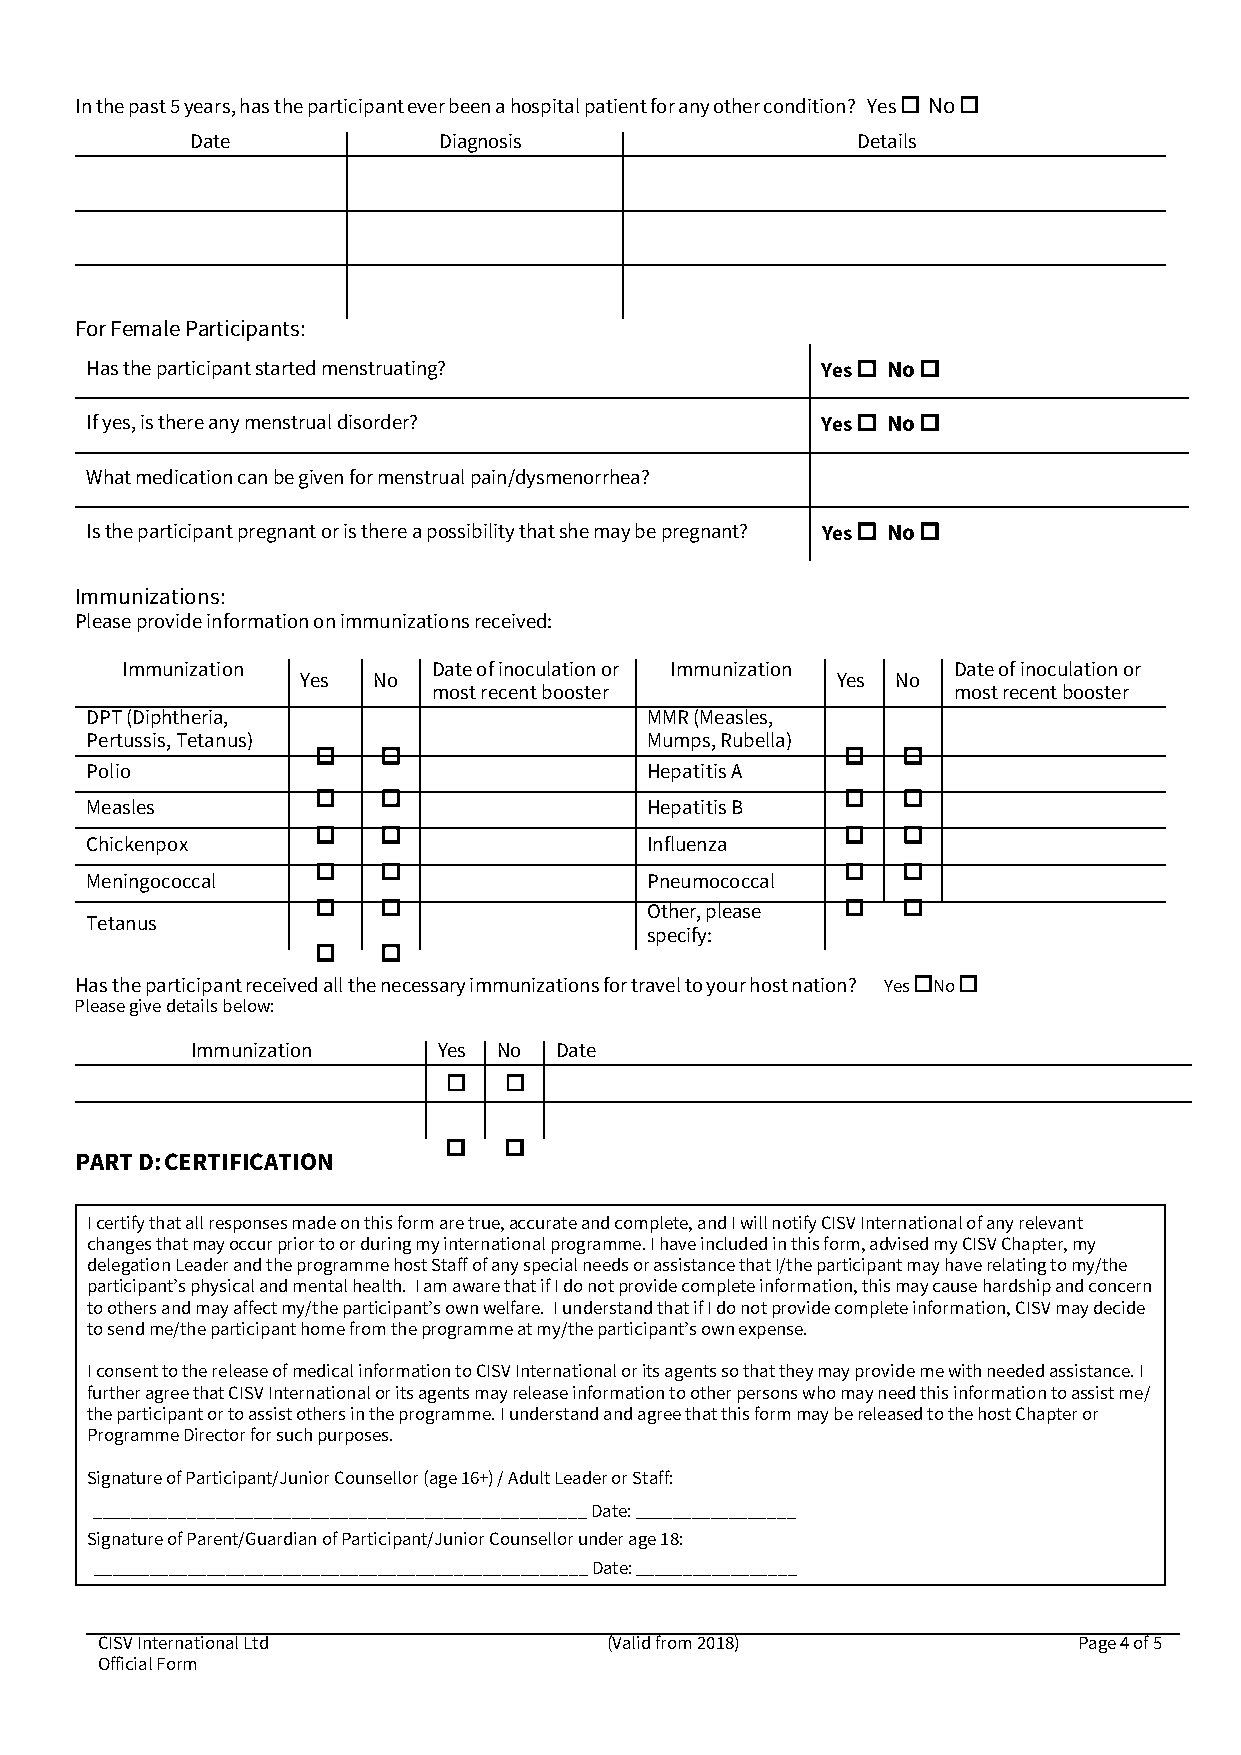
In the past 5 years, has the participant ever been a hospital patient for any other condition? Yes  No 
 Date            Diagnosis                   Details
 For Female Participants:
 Has the participant started menstruating?       Yes  No 
 If yes, is there any menstrual disorder?        Yes  No 
 What medication can be given for menstrual pain/dysmenorrhea?
 Is the participant pregnant or is there a possibility that she may be pregnant? Yes  No 
 Immunizations:
 Please provide information on immunizations received:
 Immunization         Date of inoculation or Immunization Date of inoculation or
 Yes  No                            Yes No
 most recent booster               most recent booster
 DPT (Diphtheria,                     MMR (Measles,
 Pertussis, Tetanus)                  Mumps, Rubella)
                                     
 Polio                                Hepatitis A
                                     
 Measles                              Hepatitis B
                                     
 Chickenpox                           Influenza
                                     
 Meningococcal                        Pneumococcal
                     Other, please   
 Tetanus
 specify:
    
 Has the participant received all the necessary immunizations for travel to your host nation? Yes No 
 Please give details below:
 Immunization    Yes No  Date
    
    
 PART D: CERTIFICATION
 I certify that all responses made on this form are true, accurate and complete, and I will notify CISV International of any relevant
 changes that may occur prior to or during my international programme. I have included in this form, advised my CISV Chapter, my
 delegation Leader and the programme host Staff of any special needs or assistance that I/the participant may have relating to my/the
 participant’s physical and mental health. I am aware that if I do not provide complete information, this may cause hardship and concern
 to others and may affect my/the participant’s own welfare. I understand that if I do not provide complete information, CISV may decide
 to send me/the participant home from the programme at my/the participant’s own expense.
 I consent to the release of medical information to CISV International or its agents so that they may provide me with needed assistance. I
 further agree that CISV International or its agents may release information to other persons who may need this information to assist me/
 the participant or to assist others in the programme. I understand and agree that this form may be released to the host Chapter or
 Programme Director for such purposes.
 Signature of Participant/Junior Counsellor (age 16+) / Adult Leader or Staff:
 ____________________________________________________ Date: _________________
 Signature of Parent/Guardian of Participant/Junior Counsellor under age 18:
 ____________________________________________________ Date: _________________
 CISV International Ltd            (Valid from 2018)              Page 4 of 5
 Official Form